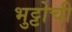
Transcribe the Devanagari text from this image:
भुट्टोची